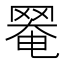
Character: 𦋙